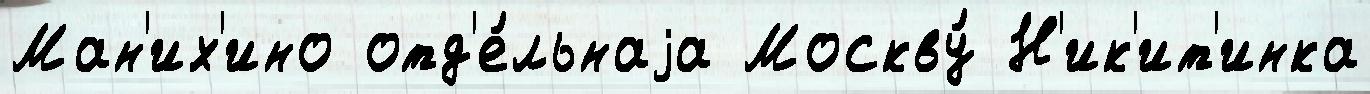
Ман'их'ино отд'е́льнаjа Москву́ Н'ик'ит'инка